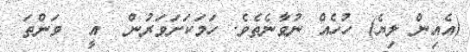
(އެއިން ލިޔެ) ހުހެއް ނުވާނެތެވެ. ހަމަކަށަވަރުން  އީ  ވަންތަ